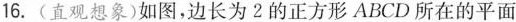
16.(直观想象)如图，边长为2的正方形ABCD所在的平面